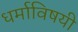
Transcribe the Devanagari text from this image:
धर्माविषयी